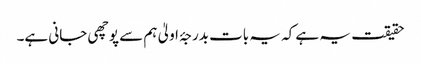
حقیقت یہ ہے کہ یہ بات بدرجۂ اولیٰ ہم سے پوچھی جانی ہے۔